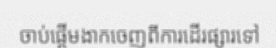
ចាប់ផ្តើមងាកចេញពីការដើរផ្សារទៅ